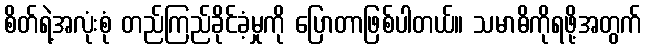
စိတ်ရဲ့အလုံးစုံ တည်ကြည်ခိုင်ခံ့မှုကို ပြောတာဖြစ်ပါတယ်။ သမာဓိကိုရဖို့အတွက်